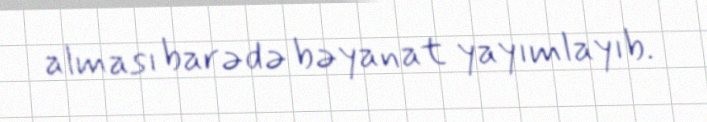
alması barədə bəyanat yayımlayıb.